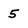
Character: 5